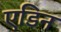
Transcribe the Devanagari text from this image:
एडिन